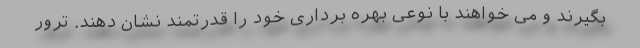
بگیرند و می خواهند با نوعی بهره برداری خود را قدرتمند نشان دهند. ترور